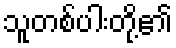
သူတစ်ပါးတို့၏